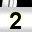
Digit: 2